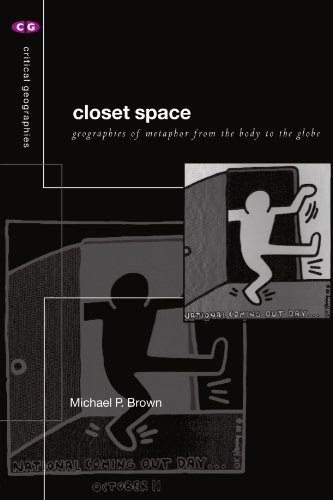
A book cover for Closet Space: Geographies of Metaphor from the Body to the Globe (Critical Geographies); Michael P. Brown; Gay & Lesbian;